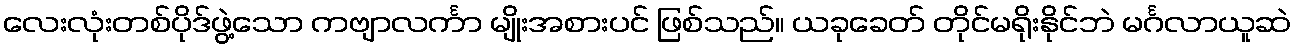
လေးလုံးတစ်ပိုဒ်ဖွဲ့သော ကဗျာလင်္ကာ မျိုးအစားပင် ဖြစ်သည်။ ယခုခေတ် တိုင်မရိုးနိုင်ဘဲ မင်္ဂလာယူဆဲ